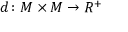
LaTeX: d \colon M \times M \rightarrow R ^ { + }